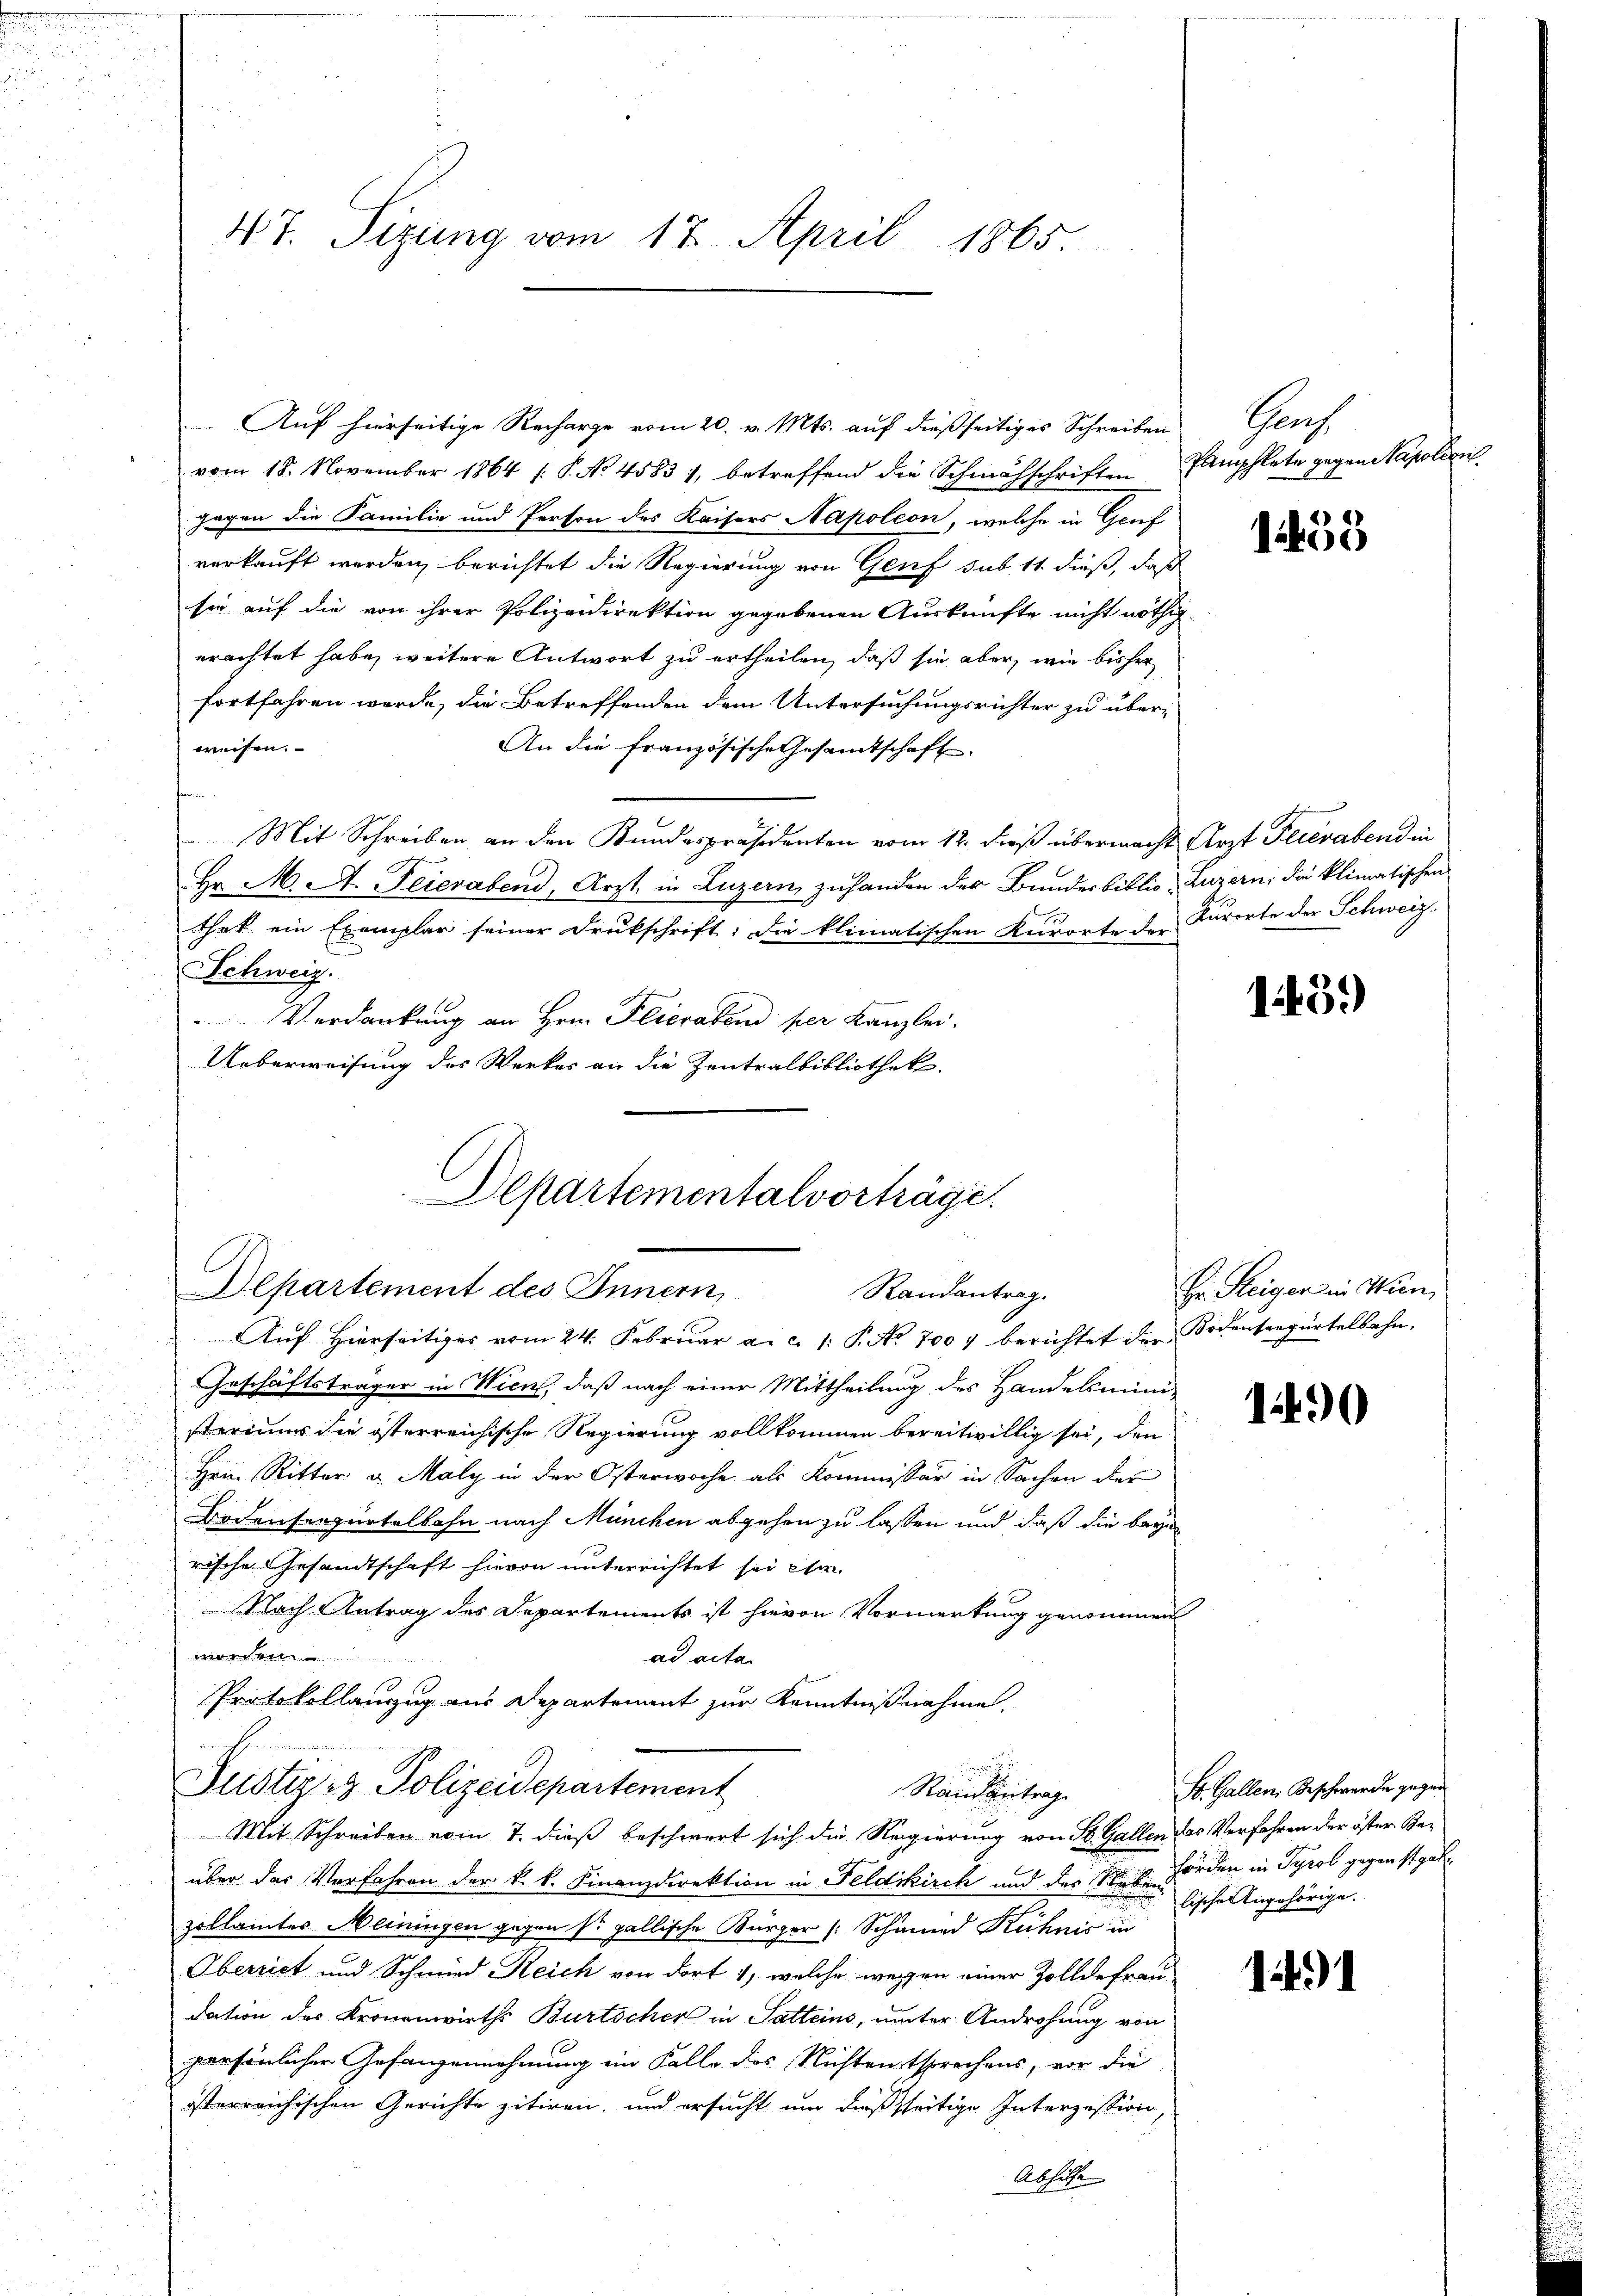
.
n

47. Sizung vom 17. April 1865.

Auf hierseitige Recharge vom 20. v. Mts. auf dießseitiges Schreiben
vom 18. November 1864 (: P. No 4583 1, betreffend die Schmähschriften Pamphlete gegen Napolien
gegen die Familie und Person des Kaisers Napoleon, welche in Genf
verkauft werden, berichtet die Regierung von Genf sub 11 dieß, daß
sie auf die von ihrer Polizeidirektion gegebenen Auskünfte nicht nöthig
erachtet habe, weitere Antwort zu ertheilen, daß sie aber, wie bisher
fortfahren werde, die Betreffenden dem Untersuchungsrichter zu überweisen.
An die französische Gesandtschaft.
Mit Schreiben an den Kundespräsidenten vom 12. dieß übermacht Arzt Feierabend in
Hr. M. A. Feierabend, Arzt, in Luzern zuhanden der Bundesbiblio, Luzern, die klimatischen
thet ein Exemplar seiner Drukschrift: Die klimatischen Kurorte der Kurorte der Schweiz.
Schweiz.
Verdankung an Hrn. Plicrabend per Kanzlei.
Ueberweisung des Werkes an die Zentralbibliothek.
Departementalvorträge.

Departement des Innern,
Randantrag.

Auf Hierseitiges vom 24. Februar a. c. 1: P. No. 700 berichtet der Bodenseegürtelbahn,
Geschäftsträger in Wien, daß nach einer Mittheilung des Handelsmini¬
u
steriums die österreichische Regierung vollkommen bereitwillig sei, den
Hrn. Ritter u. Maly in der Osterwoche als Kommissär in Sachen der
Bodenseegürtelbahn nach München abgehen zu lassen und daß die beym
rische Gesandtschaft hievon unterrichtet sei ihm.
 Nach Antrag des Departements ist hievon Vormerkung genommen
werden.
ad acta
Protokollauszug aus Departement zur Kenntnißnahme.
Justiz & Polizeidepartement
Raisantrag
Mit Schreiben vom 7. dieß beschwert sich die Regierung von St. Gallen des Verfahren der öster Beüber das Verfahren der k. k. Finanzdirektion in Feldkirch und der N. B. Förden in Tyrol gegenst gut
zollamtes Meiningen gegen so gallische Bürger (Schmied Kühnis in
Oberriet und Schmied Reich von dort 1, welche wegen einer Zolldefraudation des Kronenwirths Burtscher in Satteins, unter Androhung von
persönlicher Gefangennehmung ein Falle des Nichtentsprechens, vor die
österreichischen Gerichte zitiren, und ersucht um dießseitige Interzession,
Abhilfe

Graf

1455

1459)

Hr. Steiger in Wun

1490

St. Gallen, Beschwerde gegen
lische Angehörige.

1491